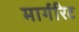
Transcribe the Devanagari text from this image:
मार्गरिट